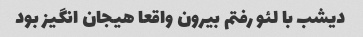
دیشب با لئو رفتم بیرون واقعا هیجان انگیز بود